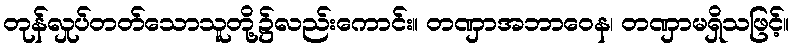
တုန်လှုပ်တတ်သောသူတို့၌လည်းကောင်း။ တဏှာအဘာဝေန၊ တဏှာမရှိသဖြင့်။